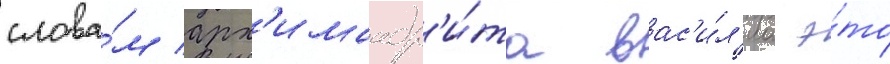
слова́м арх'имандр'и́та вас'и́л'иа э́то